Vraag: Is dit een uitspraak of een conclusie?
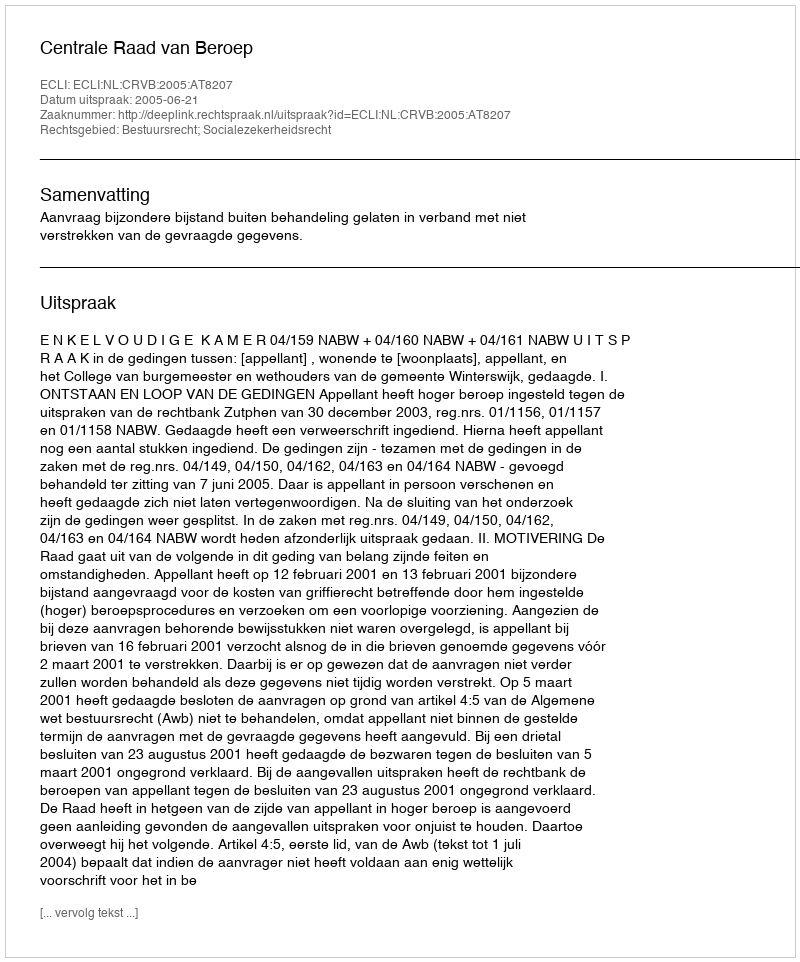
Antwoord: Uitspraak